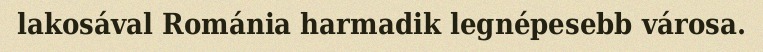
lakosával Románia harmadik legnépesebb városa.